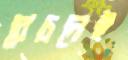
বেচলেই